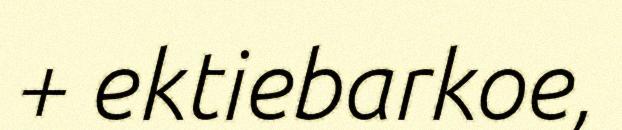
+ ektiebarkoe,